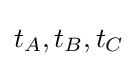
t_{A},t_{B},t_{C}